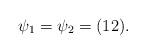
LaTeX: \begin{align*}\psi_1=\psi_2=(12).\end{align*}